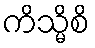
ကိသ္မိစိ